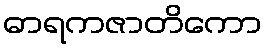
ဓာရကဇာတိကော